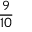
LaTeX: \frac { 9 } { 1 0 }